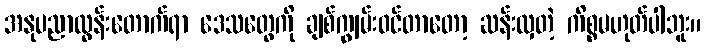
အနုပညာထွန်းတောက်ရာ ဒေသတွေကို ချစ်ကျွမ်းဝင်တာတော့ ဆန်းလှတဲ့ ကိစ္စမဟုတ်ပါဘူး။